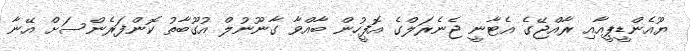
ޔޫއެންޑީޕީއާއި ރާއްޖޭގެ އެޓާނީ ޖެނެރަލްގެ އޮފީހުން ބާއްވާ ގާނޫނުލް އުގޫބާތު ކޮންފަރެންސަށް އޭނާ